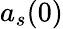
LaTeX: a_{s}(0)